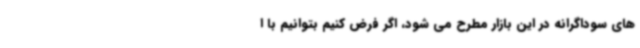
های سوداگرانه در این بازار مطرح می شود، اگر فرض کنیم بتوانیم با ا